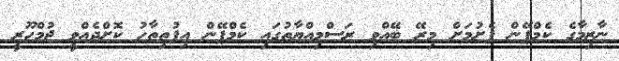
ނާޒިމާގެ ކެމްޕޭން ފެށުމަށް މިރޭ ބޭއްވި ރަސްމިއްޔާތުގައި ކެމްޕޭން އިފުތިތާހު ކޮށްދެއްވީ ޖުމްހޫރީ